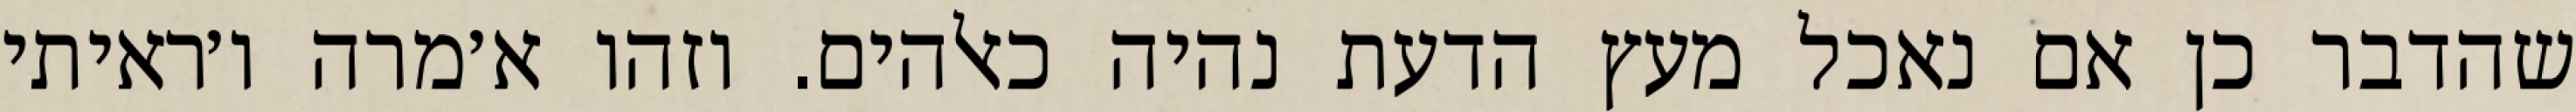
שהדבר כן אם נאכל מעץ הדעת נהיה כאלהים. וזהו א׳מרה ו׳ראיתי